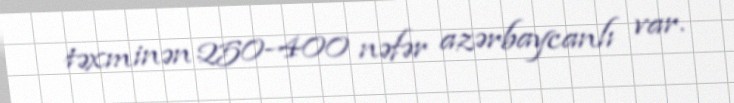
təxminən 250-400 nəfər azərbaycanlı var.